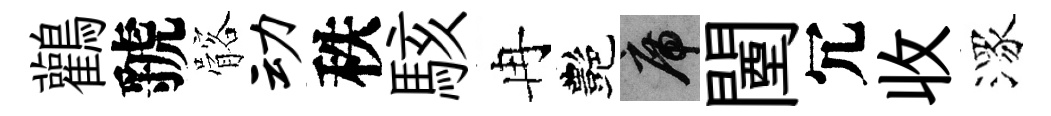
鸛虢髂动秩駭冉艷席闉冗收潈